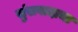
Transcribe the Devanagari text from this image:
सुंसवादाचा